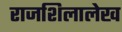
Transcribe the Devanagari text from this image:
राजशिलालेख